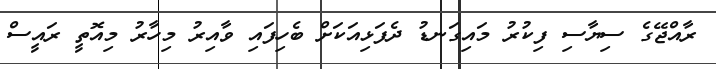
ރާއްޖޭގެ ސިޔާސި ފިކުރު މައިގަނޑު ދެފަޅިއަކަށް ބެހިފައި ވާއިރު މިހާރު މިއޮތީ ރައީސް